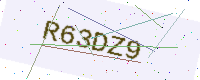
Text: R63DZ9